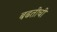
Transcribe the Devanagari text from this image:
बढतीची